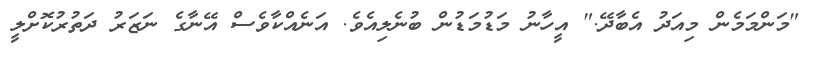
"މަންމަމެން މިއަދު އެބާދޭ." އީހާނު މަޑުމަޑުން ބުނެލިއެވެ. އަނެއްކާވެސް އޭނާގެ ނަޒަރު ދަތުރުކޮށްލީ